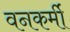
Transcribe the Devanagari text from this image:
वनकर्मी